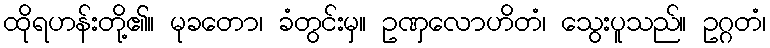
ထိုရဟန်းတို့၏။ မုခတော၊ ခံတွင်းမှ။ ဥဏှလောဟိတံ၊ သွေးပူသည်။ ဥဂ္ဂတံ၊